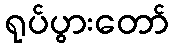
ရုပ်ပွားတော်